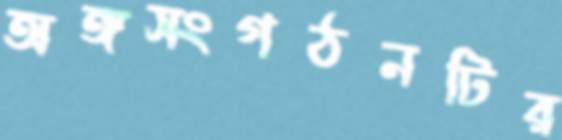
অঙ্গসংগঠনটির